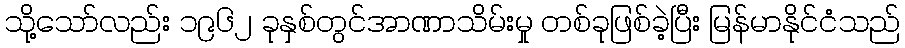
သို့သော်လည်း ၁၉၆၂ ခုနှစ်တွင်အာဏာသိမ်းမှု တစ်ခုဖြစ်ခဲ့ပြီး မြန်မာနိုင်ငံသည်